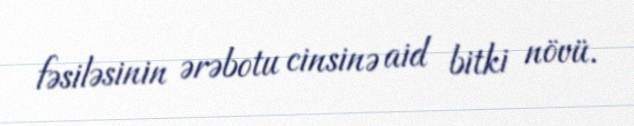
fəsiləsinin ərəbotu cinsinə aid bitki növü.